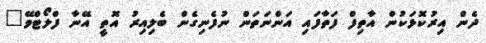
ދެން އިރުކޮޅަކުން އާތިފް ފަތާފައި އަންނަތަން ނުފެނިގެން ބެލިއިރު އޮތީ އޭނާ ފްލޯޓްވޭ"